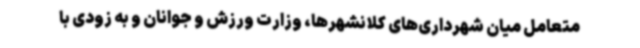
متعامل میان شهرداری‌های کلانشهرها، وزارت ورزش و جوانان و به زودی با